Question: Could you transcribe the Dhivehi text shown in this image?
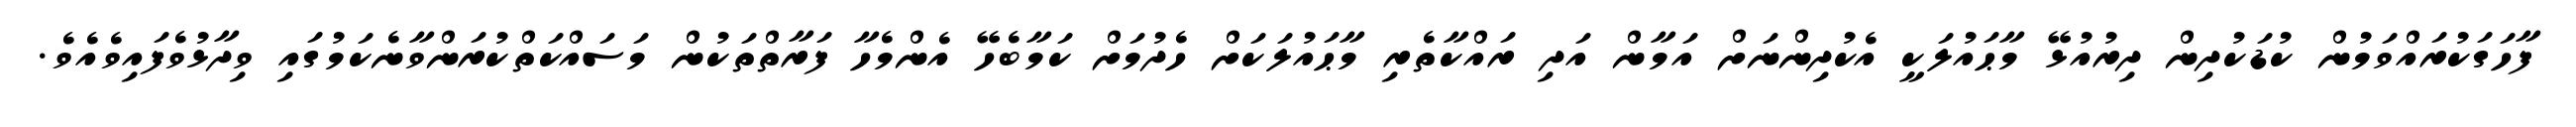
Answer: ފާހަގަކުރައްވަމުން ކުޑަކުދިން ދިރުއުޅޭ މާޙައުލަކީ އެކުދިންނަށް އަމާން އަދި ރައްކާތެރި މާޙައުލަކަށް ހެދުމަށް ކަމާބެހޭ އެންމެހާ ފަރާތްތަކުން މަސައްކަތްކުރަންވާނެކަމުގައި ވިދާޅުވެފައިވެއެވެ.